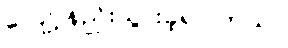
လျော့နည်းသွားခဲ့ရပါတယ်။